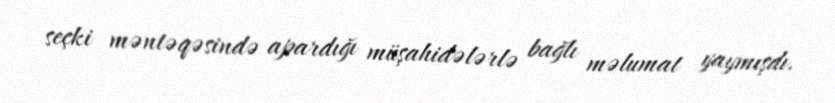
seçki məntəqəsində apardığı müşahidələrlə bağlı məlumat yaymışdı.